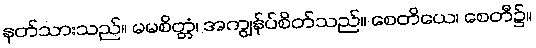
နတ်သားသည်။ မမစိတ္တံ၊ အကျွန်ုပ်စိတ်သည်။ စေတိယေ၊ စေတီ၌။